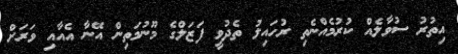
އިތުރު ސުވާލެއް ކުރުމެއްނެތި ރުހައިލު ތެދުވީ ފަޒަލްގެ މޫނުމަތިން އޭނާ އެއާއި ވަރަށް